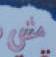
مش